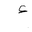
Letter: _hamza